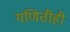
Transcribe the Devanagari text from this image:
गणितीही